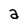
Character: a